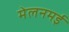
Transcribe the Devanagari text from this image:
मेलनमई